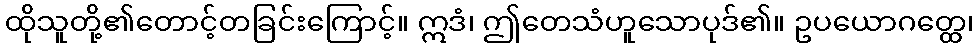
ထိုသူတို့၏တောင့်တခြင်းကြောင့်။ ဣဒံ၊ ဤတေသံဟူသောပုဒ်၏။ ဥပယောဂတ္ထေ၊